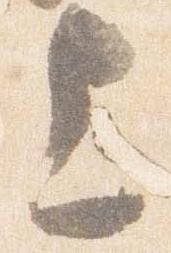
上